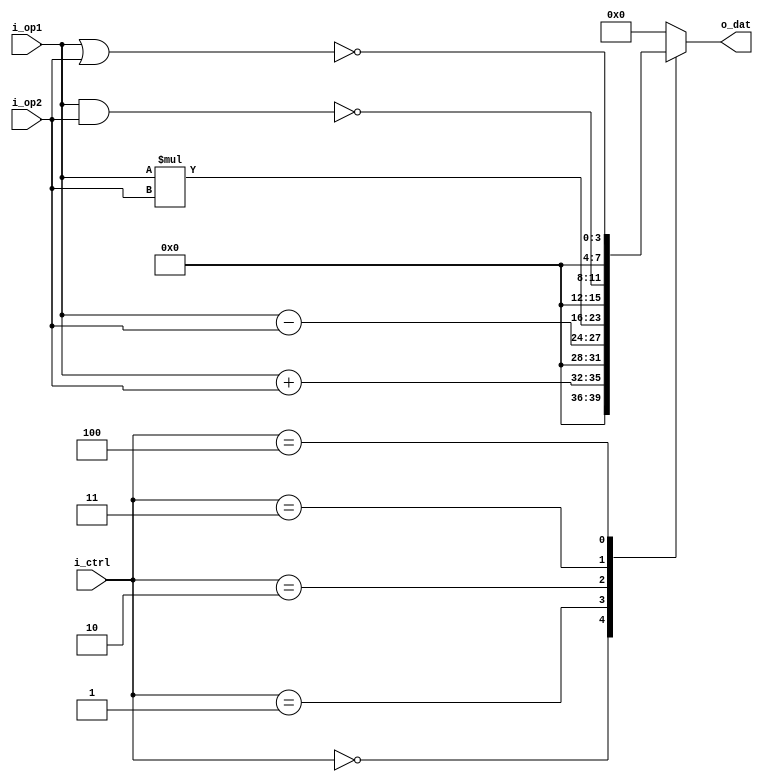
`timescale 1ns/1ps
//////////////////////////////////////////////////////////////
/////////////// ALU_BEHAVIORAL ///////////////////////////////
//////////////////////////////////////////////////////////////
module alu_behavioral (i_op1, i_op2, i_ctrl, o_dat);

input	[3 : 0] i_op1, i_op2;
input [2 : 0]	i_ctrl;

output reg [7 : 0] o_dat;

always @(*) begin
	case (i_ctrl)
		
		0: o_dat = {{4{1'b0}}, i_op1 + i_op2};
		1: o_dat = {{4{1'b0}}, i_op1 - i_op2};
		2: o_dat = i_op1 * i_op2;
		3: o_dat = {{4{1'b0}}, (~(i_op1 & i_op2))};
		4: o_dat = {{4{1'b0}}, (~(i_op1 | i_op2))};
		default: o_dat = 0;

	endcase
end

endmodule